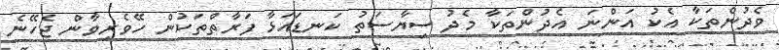
ވެދުންތަކާ އެކު އަންނަ އެދުންތަކާ މެދު ސިޔާސަތު ކަނޑައަޅާ ފަރާތްތަކުން ހޭވެރިވާން ޖެހޭނެ